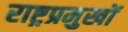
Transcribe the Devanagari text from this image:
राष्ट्रप्रमुखों